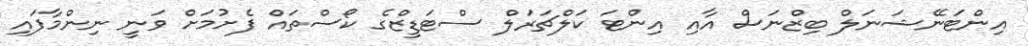
އިންޓަނޭޝަނަލް ބިޒްނަސް އާއި އިންޓަ ކަލްޗަރަލް ސްޓަޑީޒްގެ ކޯސްތައް ފެށުމަށް ވަނީ ނިންމާފައި